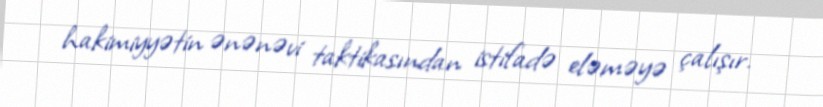
hakimiyyətin ənənəvi taktikasından istifadə eləməyə çalışır.